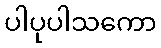
ပါပုပါသကော